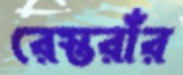
রেস্তরাঁর